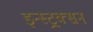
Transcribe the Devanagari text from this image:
इन्स्ट्रक्सन